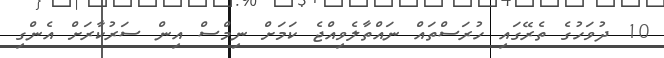
10 ދުވަހުގެ ތެރޭގައި ހުރަސްތައް ނައްތާލެވިއްޖެ ކަމަށް ނިމްސް އިން ސަރުކާރަށް އެންގި